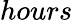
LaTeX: hours